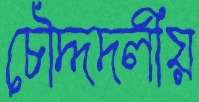
চৌদ্দদলীয়